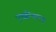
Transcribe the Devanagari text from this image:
पृथ्क्कीकरण